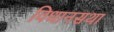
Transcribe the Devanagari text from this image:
विधानसथा